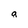
Character: a